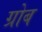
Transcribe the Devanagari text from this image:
ग्रोब